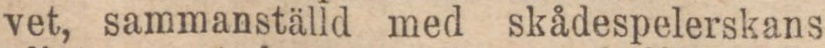
vet, sammanställd med skådespelerskans